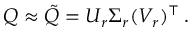
Q \approx \tilde { Q } = U _ { r } \Sigma _ { r } ( V _ { r } ) ^ { \top } \, .